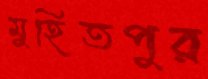
মুহিতপুর